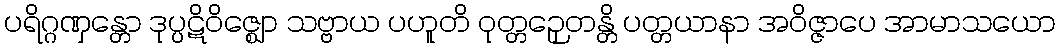
ပရိဂ္ဂဏှန္တော ဒုပ္ပဋိဝိဇ္ဈော သဗ္ဗာယ ပဟူတိ ဝုတ္တဉှေတန္တိ ပတ္တယာနာ အဝိဇ္ဇာပေ အာမာသယော